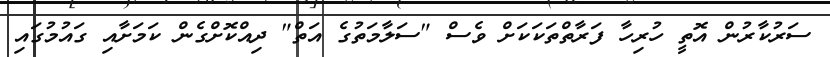
ސަރުކާރުން އޮތީ ހުރިހާ ފަރާތްތަކަކަށް ވެސް "ސަލާމަތުގެ އަތް" ދިއްކޮށްގެން ކަމަށާއި ގައުމުގައި